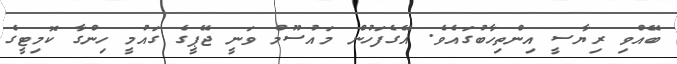
ބޭއްވި ރިޔާސީ އިންތިހާބުގައެވެ. އޭގެފަހުން މައުސޫމް ވަނީ ޖޭޕީގެ ގައުމީ ހިންގާ ކޮމިޓީގެ